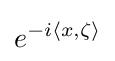
e^{-i\langle x,\zeta \rangle }